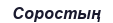
Соростың